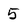
Character: 5